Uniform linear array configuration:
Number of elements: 64
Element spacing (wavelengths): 0.5
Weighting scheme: kaiser
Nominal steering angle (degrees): -15
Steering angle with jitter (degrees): -13.833
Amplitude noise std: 0.05
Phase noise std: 0.05

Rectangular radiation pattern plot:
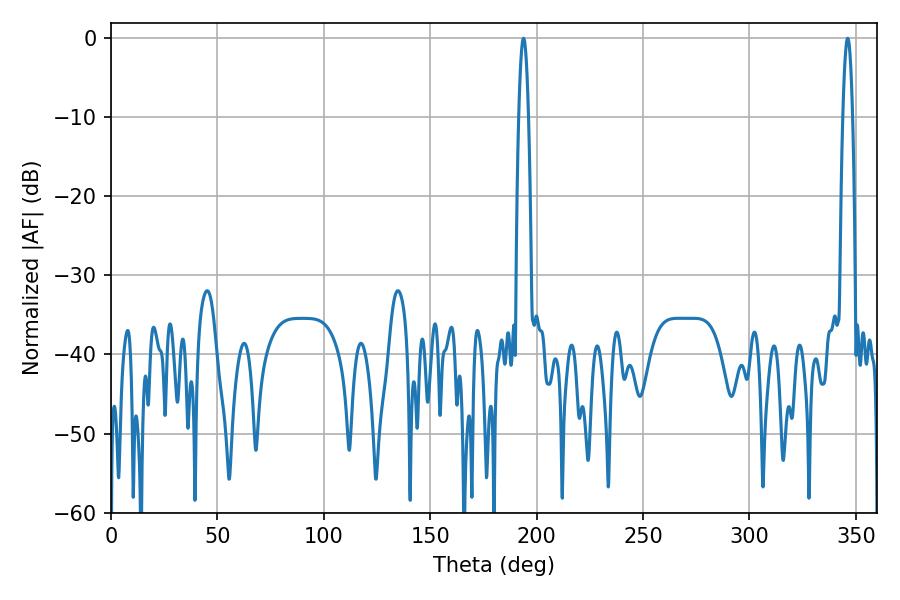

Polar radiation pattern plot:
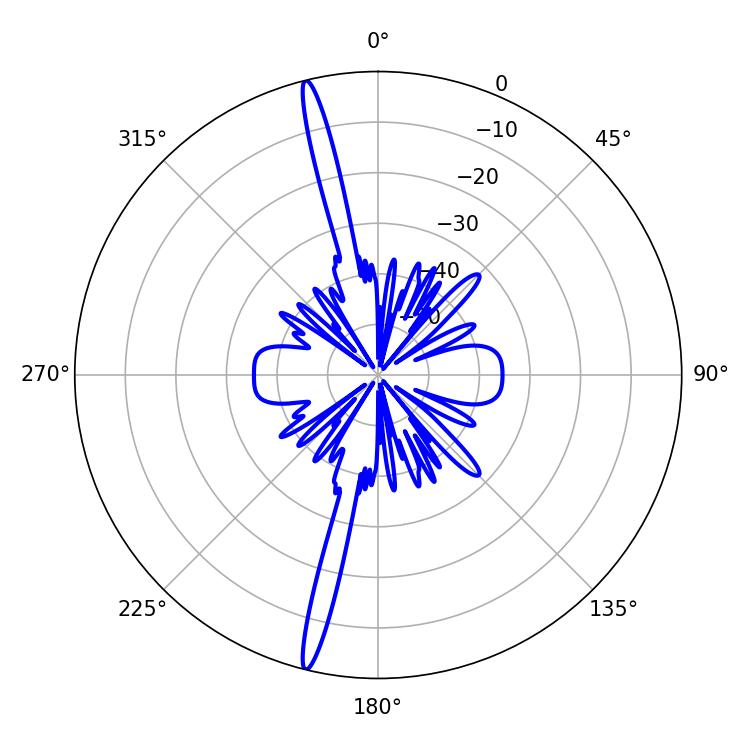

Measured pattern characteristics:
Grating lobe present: FALSE
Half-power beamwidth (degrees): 2.52
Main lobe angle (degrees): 193.86